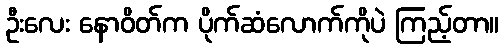
ဦးလေး နောဝိတ်က ပိုက်ဆံလောက်ကိုပဲ ကြည့်တာ။